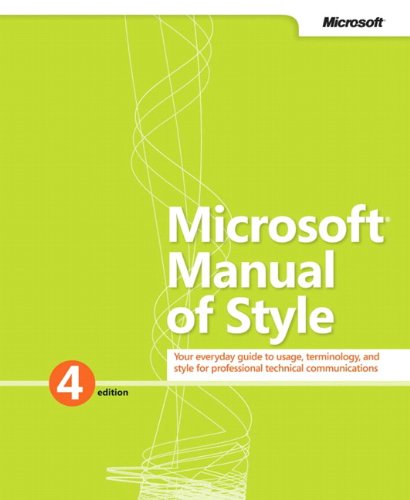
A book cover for Microsoft Manual of Style (4th Edition); Microsoft Corporation; Computers & Technology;